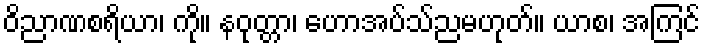
ဝိညာဏစရိယာ၊ ကို။ နဝုတ္တာ၊ ဟောအပ်သ်ညမဟုတ်။ ယာစ၊ အကြင်